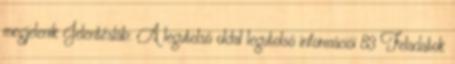
megjelenik Jelentésláb: A legutolsó oldal legutolsó információi 83 Feladatok